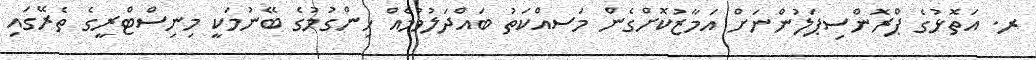
ރ. އަތޮޅުގެ ޕްރޮންސިޕަލުންނަށް އަމާޒުކޮށްގެން މަަސއްކަތު ބައްދަލުވުމެއް ހިންގުމުގެ ބޭނުމަކީ މިނިސްޓްރީގެ ތެރޭގައި